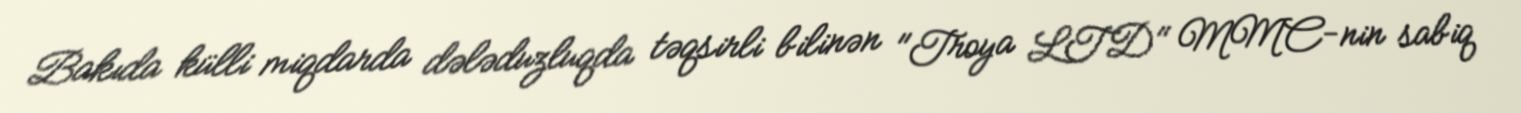
Bakıda külli miqdarda dələduzluqda təqsirli bilinən "Troya LTD" MMC-nin sabiq